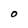
Character: O